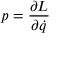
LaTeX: p = { \frac { \partial L } { \partial { \dot { q } } } }